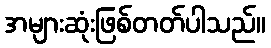
အများဆုံးဖြစ်တတ်ပါသည်။